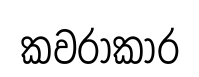
කවරාකාර